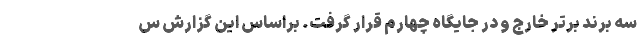
سه برند برتر خارج و در جایگاه چهارم قرار گرفت. براساس این گزارش س